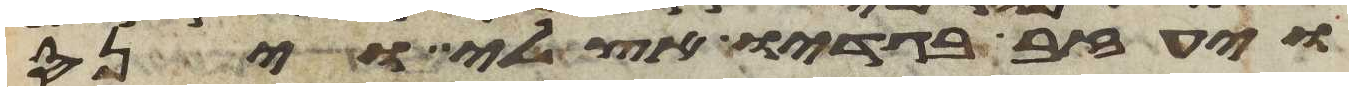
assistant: ויעזב בגדיו אצלי וינס